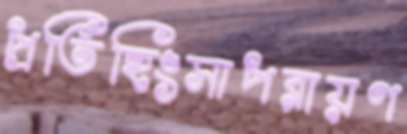
প্রতিহিংসাপরায়ণ